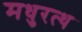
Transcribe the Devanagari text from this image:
मधुरत्थ